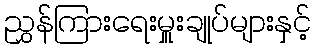
ညွှန်ကြားရေးမှူးချုပ်များနှင့်